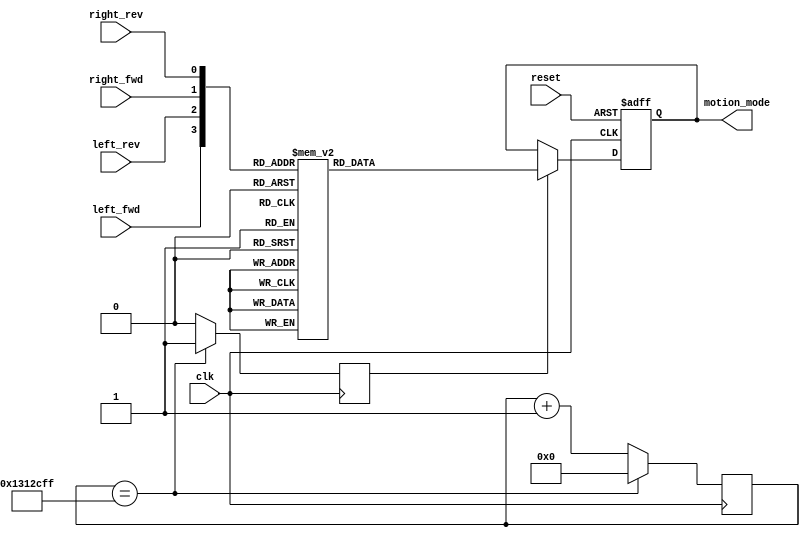
// getting started project 
// code converter block

`timescale  1 ns / 1 ns
module code_converter(
    input clk, reset, left_fwd, left_rev, right_fwd, right_rev,
    output reg [2:0] motion_mode
    );
  // motor mode parameters
  parameter  STOP = 3'b000;
  parameter  R_1X = 3'b001;
  parameter  R_2X = 3'b010;
  parameter  L_1X = 3'b011;
  parameter  L_2X = 3'b100;
  parameter  FWD  = 3'b101;
  parameter  REV  = 3'b110;
  
  
  parameter  simulate = 0;
  localparam rojobot_cnt = simulate ? 26'd5			// rojobot clock when simulating
                                      : 26'd19_999_999; // rojobot count when running on HW (5Hz)
                                      
  	//internal registers	
	reg [25:0]	ck_count = 0;	//clock divider counter
	reg 		tick5hz;		// 5 Hz clock enable
	
	// generate 5Hz clock enable
	always @(posedge clk) begin
		if (ck_count == rojobot_cnt) begin
		    tick5hz <= 1'b1;
		    ck_count <= 0;
		end
		else begin
		    ck_count <= ck_count + 1'b1;
		    tick5hz <= 0;
    end
  end    
                                      
      // motion modes   
	always @(posedge clk or posedge reset) begin
		if (reset) begin
			motion_mode <= 3'b000;
		end
		else begin
			if (tick5hz) 
			begin
			  case ({left_fwd, left_rev, right_fwd, right_rev})					
						4'b0000: motion_mode <= STOP; 
						4'b1000: motion_mode <= R_1X;
						4'b0001: motion_mode <= R_1X;
						4'b1001: motion_mode <= R_2X;
						4'b0010: motion_mode <= L_1X;
						4'b0100: motion_mode <= L_1X;
						4'b0110: motion_mode <= L_2X;
						4'b1010: motion_mode <= FWD;
						4'b0101: motion_mode <= REV;
						default: motion_mode <= STOP;
				endcase
			end	//if tick5hz			
	  end 
  end // always
        
endmodule